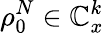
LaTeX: \rho_{0}^{N}\in\mathbb{C}_{x}^{k}